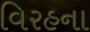
વિરહના